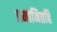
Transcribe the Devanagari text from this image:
प्रमानितहि